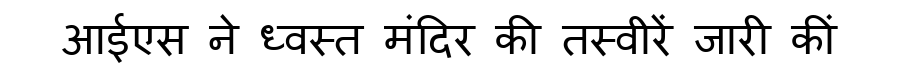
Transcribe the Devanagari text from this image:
आईएस ने ध्वस्त मंदिर की तस्वीरें जारी कीं